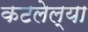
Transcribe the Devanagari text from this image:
कटलेल्या